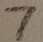
Text: 7